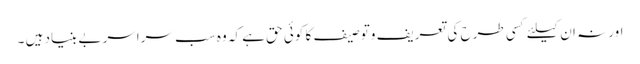
اور نہ ان کیلئے کسی طرح کی تعریف وتوصیف کا کوئی حق ہے کہ وہ سب سراسر بے بنیاد ہیں ۔